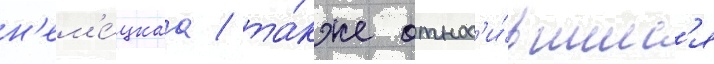
н'ем'е́цкаа / та́кже относ'и́вшиес'я